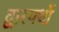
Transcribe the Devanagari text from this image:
द्वारपथों